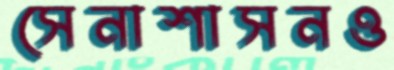
সেনাশাসনও